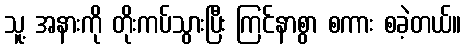
သူ့ အနားကို တိုးကပ်သွားပြီး ကြင်နာစွာ စကား စခဲ့တယ်။